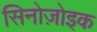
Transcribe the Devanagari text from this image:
सिनोज़ोइक